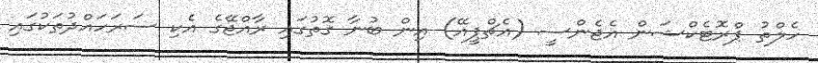
ހެލްތު ޕްރޮޓެކްޝަން އެޖެންސީ (އެޗްޕީއޭ) އިން ބުނާ ގޮތުގައި ރާއްޖޭގެ އެކި ސަރަހައްދުތަކުގައި